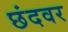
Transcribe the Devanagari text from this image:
छंदवर